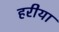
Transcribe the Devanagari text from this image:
हरीया